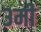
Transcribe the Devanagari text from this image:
३मी